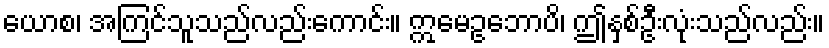
ယောစ၊ အကြင်သူသည်လည်းကောင်း။ ဣမေဥဘောပိ၊ ဤနှစ်ဦးလုံးသည်လည်း။